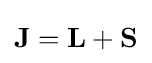
\mathbf {J} =\mathbf {L} +\mathbf {S} \,\!